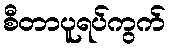
စီတာပူရပ်ကွက်